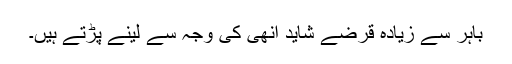
باہر سے زیادہ قرضے شاید انھی کی وجہ سے لینے پڑتے ہیں۔